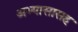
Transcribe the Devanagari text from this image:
अभ्यासासह